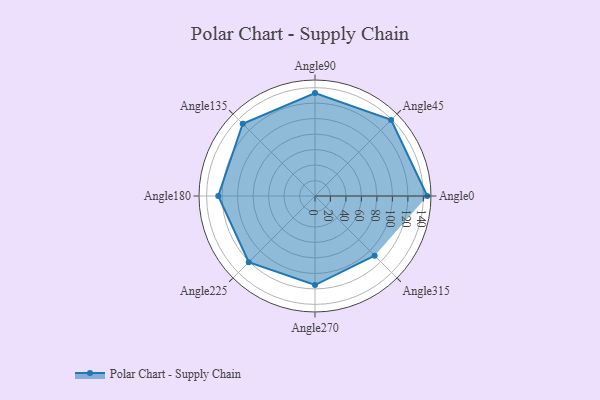
{"axis": {"x": "Angle", "y": "Radius"}, "legend": [""], "data": [{"x": "Angle0", "y": 145.0, "type": ""}, {"x": "Angle45", "y": 139.0, "type": ""}, {"x": "Angle90", "y": 133.0, "type": ""}, {"x": "Angle135", "y": 132.0, "type": ""}, {"x": "Angle180", "y": 125.0, "type": ""}, {"x": "Angle225", "y": 121.0, "type": ""}, {"x": "Angle270", "y": 115.0, "type": ""}, {"x": "Angle315", "y": 109.0, "type": ""}]}